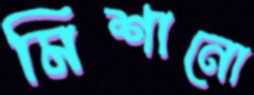
মিশানো